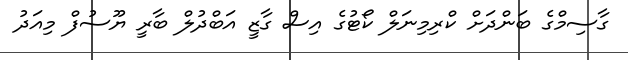
ގާސިމްގެ ބަންދަށް ކްރިމިނަލް ކޯޓުގެ އިސް ގާޒީ އަބްދުލް ބާރީ ޔޫސުފް މިއަދު